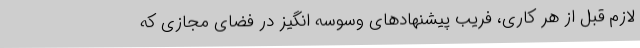
لازم قبل از هر کاری، فریب پیشنهادهای وسوسه انگیز در فضای مجازی که